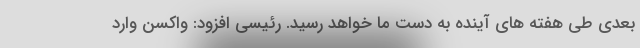
بعدی طی هفته های آینده به دست ما خواهد رسید. رئیسی افزود:‌ واکسن وارد